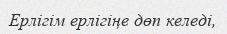
Ерлігім ерлігіңе дөп келеді,